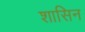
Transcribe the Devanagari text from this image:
शासिन